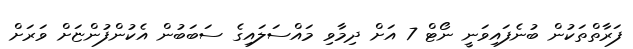
ފަރާތްތަކުން ބުނެފައިވަނީ ނޯޓް 7 އަށް ދިމާވި މައްސަލައިގެ ސަބަބުން އެކުންފުންޏަށް ވަރަށް